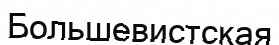
Большевистская